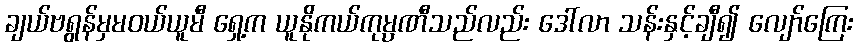
ချယ်ဗရွန်မှမဝယ်ယူမီ ရှေ့က ယူနိုကယ်ကုမ္ပဏီသည်လည်း ဒေါ်လာ သန်းနှင့်ချီ၍ လျော်ကြေး